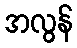
အလွန်